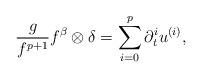
LaTeX: \begin{align*}\frac{g}{f^{p+1}}f^{\beta}\otimes\delta=\sum_{i=0}^p\partial_t^iu^{(i)},\end{align*}